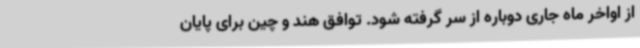
از اواخر ماه جاری دوباره از سر گرفته شود. توافق هند و چین برای پایان